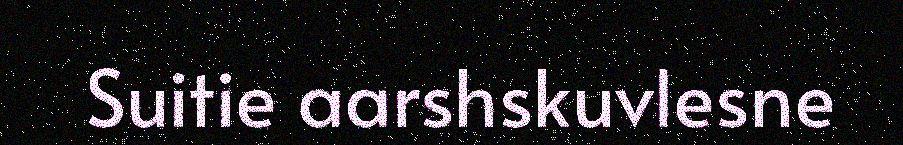
Suitie aarshskuvlesne